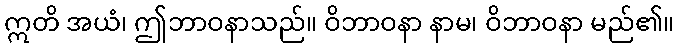
ဣတိ အယံ၊ ဤဘာဝနာသည်။ ဝိဘာဝနာ နာမ၊ ဝိဘာဝနာ မည်၏။